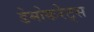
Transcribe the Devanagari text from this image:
डेमोकरेट्स